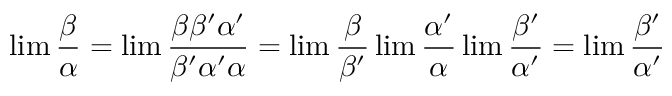
\operatorname* { l i m } { \frac { \beta } { \alpha } } = \operatorname* { l i m } { \frac { \beta \beta ^ { \prime } \alpha ^ { \prime } } { \beta ^ { \prime } \alpha ^ { \prime } \alpha } } = \operatorname* { l i m } { \frac { \beta } { \beta ^ { \prime } } } \operatorname* { l i m } { \frac { \alpha ^ { \prime } } { \alpha } } \operatorname* { l i m } { \frac { \beta ^ { \prime } } { \alpha ^ { \prime } } } = \operatorname* { l i m } { \frac { \beta ^ { \prime } } { \alpha ^ { \prime } } }